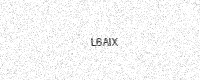
Text: L6AIX